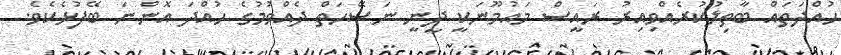
ހުއްދަތައް ބާތިލުކުރެއްވިއިރު ރައީސް މައުމޫނަކީ ދީނީ ނަސޭހަތް ދެއްވުމުގެ ހުއްދަ އޮންނަ ބޭފުޅެކެވެ.